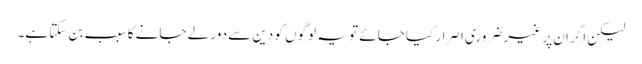
لیکن اگر ان پر غیر ضروری اصرار کیا جائے تو یہ لوگوں کو دین سے دور لے جانے کا سبب بن سکتا ہے۔